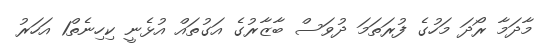
މާދަމާ ރޯދަ މަހުގެ ފުރަތަމަ ދުވަސް ބާޒާރުގެ އަގުތައް އުޅެނީ ކިހިނެތް1 އަހަރު